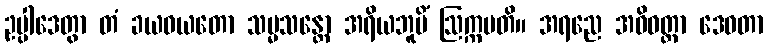
ဥပ္ပါဒေတွာ တံ ခယဝယတော သမ္မသန္တော အရိယဘူမိံ ဩက္ကမတိ။ အရညေ အဓိဝတ္ထာ ဒေဝတာ